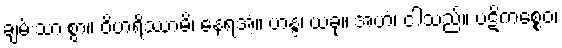
ချမ်းသာ စွာ။ ဝိဟရိဿာမိ၊ နေရအံ့။ ဟန္ဒ၊ ယခု။ အဟံ၊ ငါသည်။ ပဋိကစ္စေဝ၊